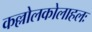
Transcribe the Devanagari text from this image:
कल्लोलकोलाहलः